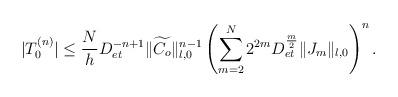
LaTeX: \begin{align*}|T_0^{(n)}|\le\frac{N}{h} D_{et}^{-n+1}\|\widetilde{C_o}\|_{l,0}^{n-1}\left(\sum_{m=2}^N2^{2m}D_{et}^{\frac{m}{2}}\|J_m\|_{l,0}\right)^n.\end{align*}